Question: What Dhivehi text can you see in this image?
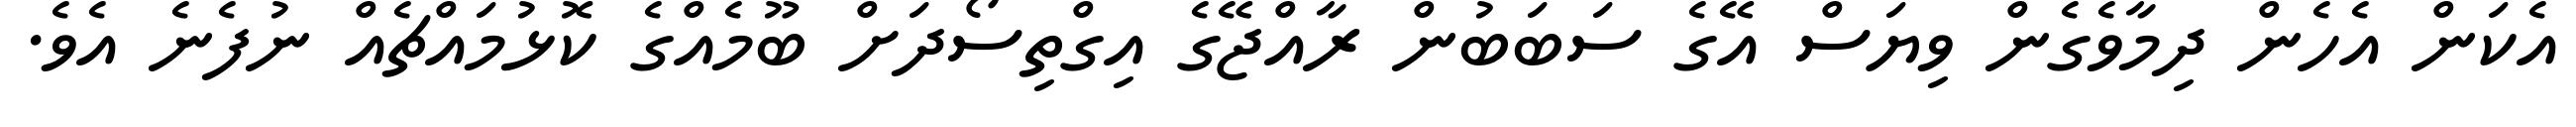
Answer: އެކަން އެހެން ދިމާވެގެން ވިޔަސް އޭގެ ސަބަބުން ރާއްޖޭގެ އިގްތިސޯދަށް ބޫމެއްގެ ކޮޅުމައްޗެއް ނުފެނެ އެވެ.